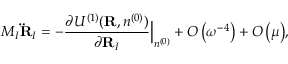
\begin{array} { l } { { \displaystyle M _ { I } { \bf \ddot { R } } _ { I } = - \frac { \partial { \cal U } ^ { ( 1 ) } ( { \bf R } , n ^ { ( 0 ) } ) } { \partial { \bf R } _ { I } } \Big \vert _ { n ^ { ( 0 ) } } + { \cal O } \left( \omega ^ { - 4 } \right) + { \cal O } \left( \mu \right) } , } \end{array}